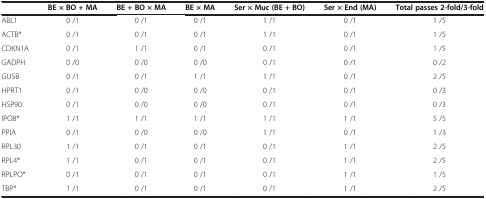
<table><thead><tr><td><b> </b></td><td><b>BE × BO+MA</b></td><td><b>BE+BO × MA</b></td><td><b>BE × MA</b></td><td><b>Ser × Muc (BE+BO)</b></td><td><b>Ser × End(MA)</b></td><td><b>Total passes 2-fold/3-fold</b></td></tr></thead><tbody><tr><td>ABL1</td><td>0 /1</td><td>0 /1</td><td>0 /1</td><td>1 /1</td><td>0 /1</td><td>1 /5</td></tr><tr><td>ACTB*</td><td>0 /1</td><td>0 /1</td><td>0 /1</td><td>1 /1</td><td>0 /1</td><td>1 /5</td></tr><tr><td>CDKN1A</td><td>0 /1</td><td>1 /1</td><td>0 /1</td><td>0 /1</td><td>0 /1</td><td>1 /5</td></tr><tr><td>GADPH</td><td>0 /0</td><td>0 /0</td><td>0 /0</td><td>0 /1</td><td>0 /1</td><td>0 /2</td></tr><tr><td>GUSB</td><td>0 /1</td><td>0 /1</td><td>1 /1</td><td>1 /1</td><td>0 /1</td><td>2 /5</td></tr><tr><td>HPRT1</td><td>0 /1</td><td>0 /0</td><td>0 /0</td><td>0 /1</td><td>0 /1</td><td>0 /3</td></tr><tr><td>HSP90</td><td>0 /1</td><td>0 /0</td><td>0 /0</td><td>0 /1</td><td>0 /1</td><td>0 /3</td></tr><tr><td>IPO8*</td><td>1 /1</td><td>1 /1</td><td>1 /1</td><td>1 /1</td><td>1 /1</td><td>5 /5</td></tr><tr><td>PPIA</td><td>0 /1</td><td>0 /0</td><td>0 /0</td><td>1 /1</td><td>0 /1</td><td>1 /3</td></tr><tr><td>RPL30</td><td>1 /1</td><td>0 /1</td><td>0 /1</td><td>0 /1</td><td>1 /1</td><td>2 /5</td></tr><tr><td>RPL4*</td><td>1 /1</td><td>0 /1</td><td>0 /1</td><td>0 /1</td><td>1 /1</td><td>2 /5</td></tr><tr><td>RPLPO*</td><td>0 /1</td><td>0 /1</td><td>0 /1</td><td>0 /1</td><td>1 /1</td><td>1 /5</td></tr><tr><td>TBP*</td><td>1 /1</td><td>0 /1</td><td>0 /1</td><td>0 /1</td><td>1 /1</td><td>2 /5</td></tr></tbody></table>